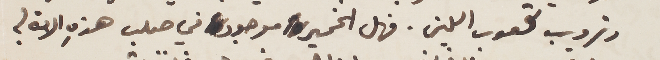
وترويب كعوب اللبن. فهل الخمير موجود في صلب هذهِ الامة؟